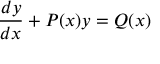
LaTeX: { \frac { d y } { d x } } + P ( x ) y = Q ( x ) \,